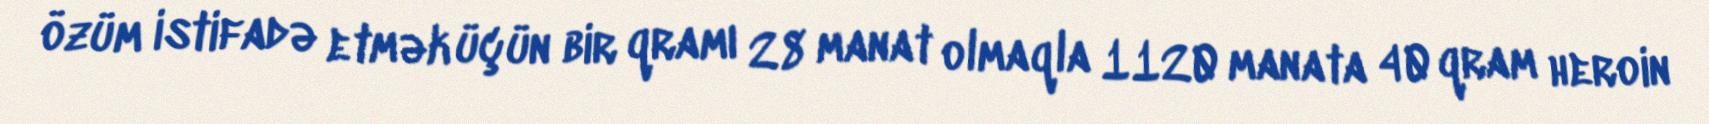
özüm istifadə etmək üçün bir qramı 28 manat olmaqla 1120 manata 40 qram heroin